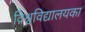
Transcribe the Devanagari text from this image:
विश्वविद्यालयका